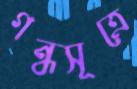
গন্ধসূত্রে